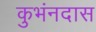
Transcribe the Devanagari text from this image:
कुभंनदास